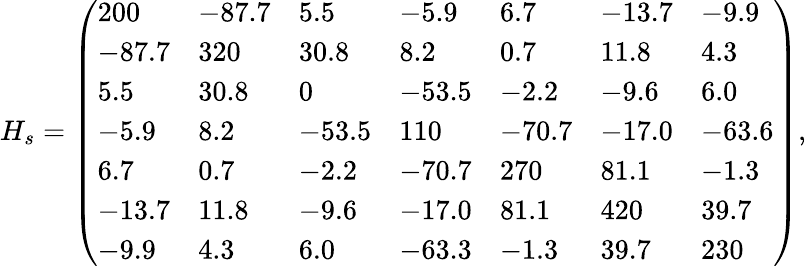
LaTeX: H_{s}=\left(\begin{array}{lllllll}{200}&{-87.7}&{5.5}&{-5.9}&{6.7}&{-13.7}&{-9.9}\\ {-87.7}&{320}&{30.8}&{8.2}&{0.7}&{11.8}&{4.3}\\ {5.5}&{30.8}&{0}&{-53.5}&{-2.2}&{-9.6}&{6.0}\\ {-5.9}&{8.2}&{-53.5}&{110}&{-70.7}&{-17.0}&{-63.6}\\ {6.7}&{0.7}&{-2.2}&{-70.7}&{270}&{81.1}&{-1.3}\\ {-13.7}&{11.8}&{-9.6}&{-17.0}&{81.1}&{420}&{39.7}\\ {-9.9}&{4.3}&{6.0}&{-63.3}&{-1.3}&{39.7}&{230}\end{array}\right),